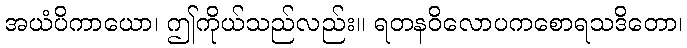
အယံပိကာယော၊ ဤကိုယ်သည်လည်း။ ရတနဝိလောပကစောရသဒိတော၊